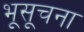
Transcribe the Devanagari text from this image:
भूसूचना